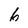
Character: 6